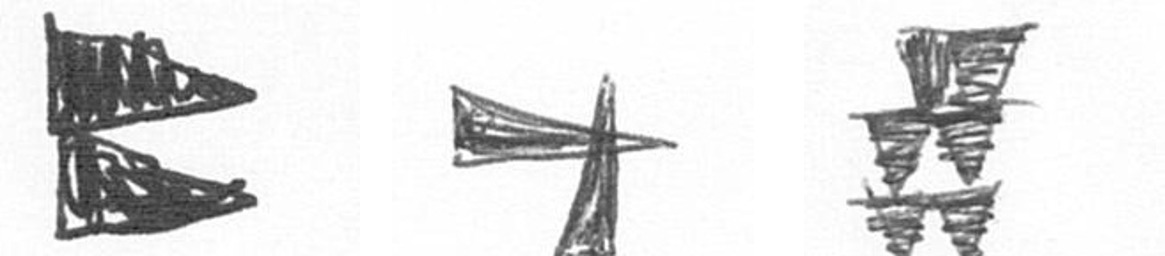
P G Y